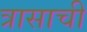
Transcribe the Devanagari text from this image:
त्रासाची